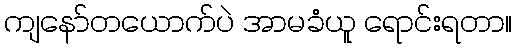
ကျနော်တယောက်ပဲ အာမခံယူ ရောင်းရတာ။